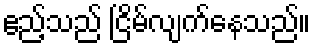
ဧည့်သည် ငြိမ်လျက်နေသည်။